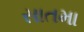
સાતમા